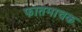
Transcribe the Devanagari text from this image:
फातमाचक